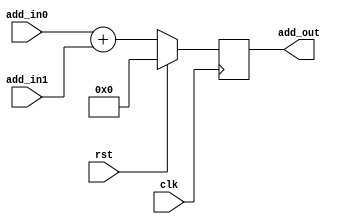
module add_512 (
    input wire clk,
    input wire rst,

    input wire [511 : 0] add_in0,
    input wire [511 : 0] add_in1,

    output reg [511 : 0] add_out
    );

    always @(posedge clk)
        if (rst)
            begin
                add_out <= 512'b0;
			end
		else
            begin
                add_out <= add_in0 + add_in1;
			end
endmodule